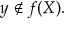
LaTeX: y \not \in f ( X ) .